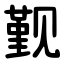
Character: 觐